Regulations for the medical services of the Army of India
Year: 1930
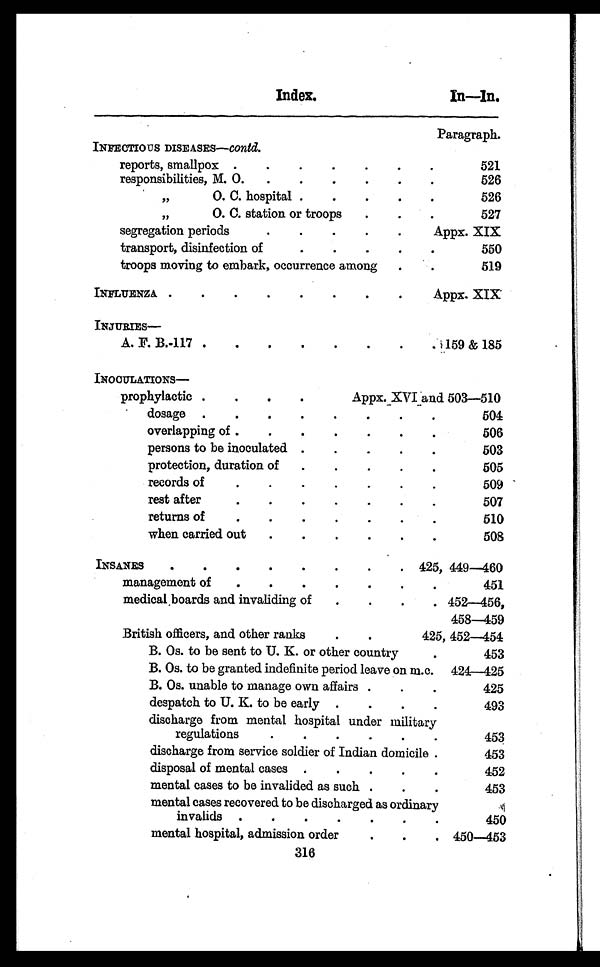
Index.
In— In.
Paragraph.
INFECTIOUS DISEASES— Contd.
reports, smallpox . . .
521
responsibilities, M. O. . .
526
" O. C. hospital . . .
526
" O
. C. station or troops
. . .
527
segregation periods . . .
Appx. XIX
transport, disinfection of . . .
550
troops moving to embark, occurrence among . . .
519
INFLUENZA . . .
Appx. XIX
INJURIES—
A. F. B.-117 . . .
159 & 185
INOCULATIONS—
prophylactic . . .
Appx. XVI and 503—510
dosage . . .
504
overlapping of . . .
506
persons to be inoculated . . .
503
protection, duration of . . .
505
r e c o r d s o f . . .
509
rest after . . .
507
returns of . . .
510
w h e n c a r r i e d o u t . . .
508
INSANES . . .
425, 449—460
management of . . .
451
medical boards and invaliding of . . .
452—456
458-459
British officers, and other ranks . . .
452—454
B. Os. to be sent to U. K. or other country . . .
453
B. Os. to be granted indefinite period leave on m.c.
424—425
B. Os. unable to manage own affairs . . .
425
despatch to U. K. to be early . . .
4 9 3
discharge from mental hospital under military
regulations . . .
4 5 3
discharge from service soldier of Indian domicile . . .
453
disposal of mental cases . . .
452
mental cases to be invalided as such . . .
453
mental cases recovered to be discharged as ordinary
invalids . . .
450
mental hospital, admission order . . . 450—453
316